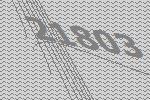
21803